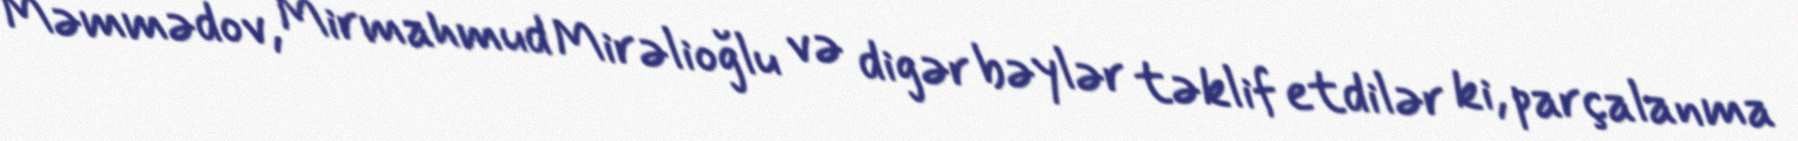
Məmmədov, Mirmahmud Mirəlioğlu və digər bəylər təklif etdilər ki, parçalanma